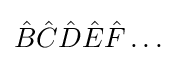
{\hat {B}}{\hat {C}}{\hat {D}}{\hat {E}}{\hat {F}}\ldots